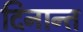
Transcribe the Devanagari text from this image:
दिनान्त